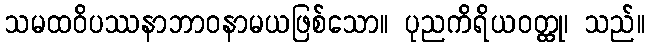
သမထဝိပဿနာဘာဝနာမယဖြစ်သော။ ပုညကိရိယဝတ္ထု၊ သည်။